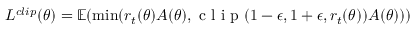
L ^ { c l i p } ( \theta ) = \mathbb { E } ( \operatorname* { m i n } ( r _ { t } ( \theta ) A ( \theta ) , \mathrm { ~ c ~ l ~ i ~ p ~ } ( 1 - \epsilon , 1 + \epsilon , r _ { t } ( \theta ) ) A ( \theta ) ) )